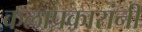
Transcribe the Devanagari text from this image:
कलाप्रकारांनी